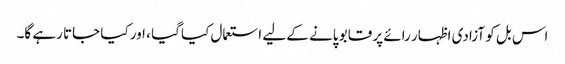
اس بل کو آزادی اظہار رائے پر قابو پانے کے لیے استعمال کیا گیا ، اور کیا جاتا رہے گا۔